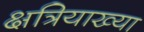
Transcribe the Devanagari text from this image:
क्षत्रियाख्या